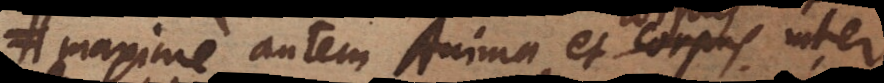
maxime autem Anima et Corpus inter